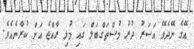
އޭގެ ނޭދެވޭ އަސަރު ދުރު މުސްތަގްބަލް ގައި މުޅި ރާއްޖެ އަށް ކުރާނެެެއެވެ.